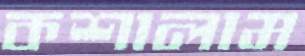
কশালাম